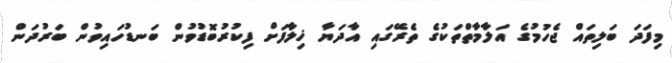
މިފަދަ ބަލިތައް ޖެހުމުގެ އަލާމާތްތަކުގެ ތެރޭގައި އާދަޔާ ޚިލާފަށް ފިކުރުބޮޑުވުން ބަނޑުހައިވުން ބަރުދަން